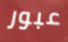
عبور